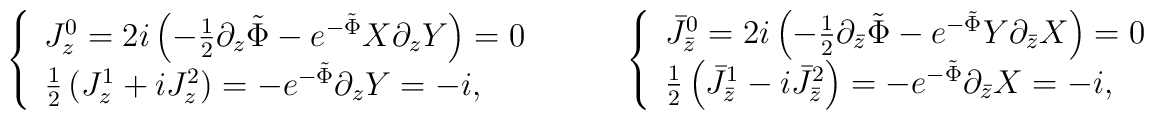
\left\{\begin{array}{l}  J^0_z=   2i\left(-\frac{1}{2}\partial_z \tilde{\Phi}       -e^{-\tilde{\Phi}}X\partial_z Y\right)    =0 \\  \frac{1}{2}\left(J^1_z+iJ^2_z\right)   =-e^{-\tilde{\Phi}}\partial_z Y    =-i,	\end{array}\right. \hspace{10mm} \left\{\begin{array}{l}  \bar{J}^0_{\bar{z}}   =2i\left(-\frac{1}{2}\partial_{\bar{z}} \tilde{\Phi}      -e^{-\tilde{\Phi}}Y\partial_{\bar{z}} X\right)    =0 \\  \frac{1}{2}\left(\bar{J}^1_{\bar{z}}-i\bar{J}^2_{\bar{z}}\right)   =-e^{-\tilde{\Phi}}\partial_{\bar{z}} X     =-i,	\end{array}\right.